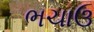
ભચાઉ